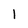
Character: 1